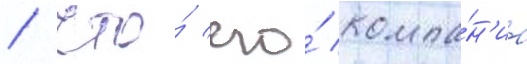
/ что́ его́ компа́н'иа